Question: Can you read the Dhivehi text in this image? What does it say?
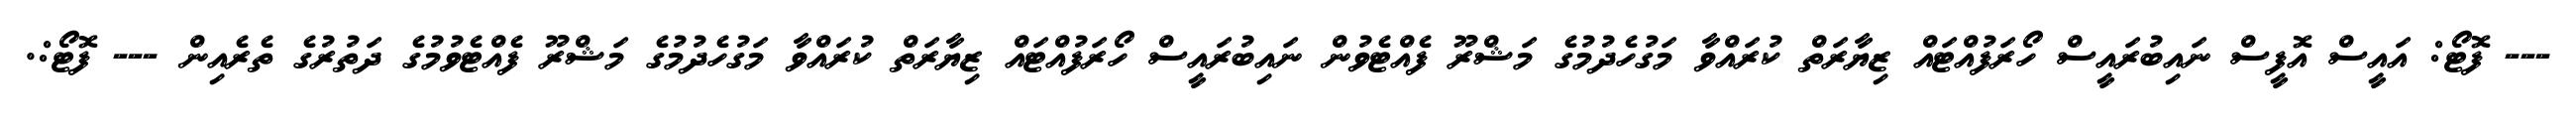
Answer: --- ފޮޓޯ: އައީސް އޮފީސް ނައިބުރައީސް ހޯރަފުއްޓައް ޒިޔާރަތް ކުރައްވާ މަގުހެދުމުގެ މަޝްރޫ ފެއްޓެވުން ނައިބުރައީސް ހޯރަފުއްޓައް ޒިޔާރަތް ކުރައްވާ މަގުހެދުމުގެ މަޝްރޫ ފެއްޓެވުމުގެ ދަތުރުގެ ތެރެއިން --- ފޮޓޯ:.